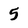
Character: 5